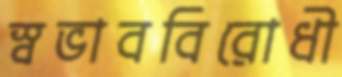
স্বভাববিরোধী